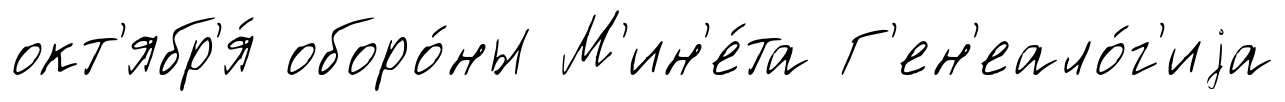
окт'ябр'я́ оборо́ны М'ин'е́та Г'ен'еало́г'иjа